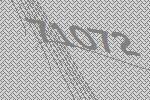
71072